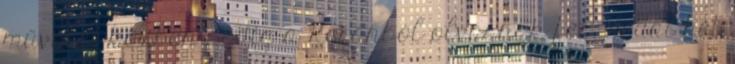
művelet közben pedig a Koránból olvasnak fel. Sedat hét